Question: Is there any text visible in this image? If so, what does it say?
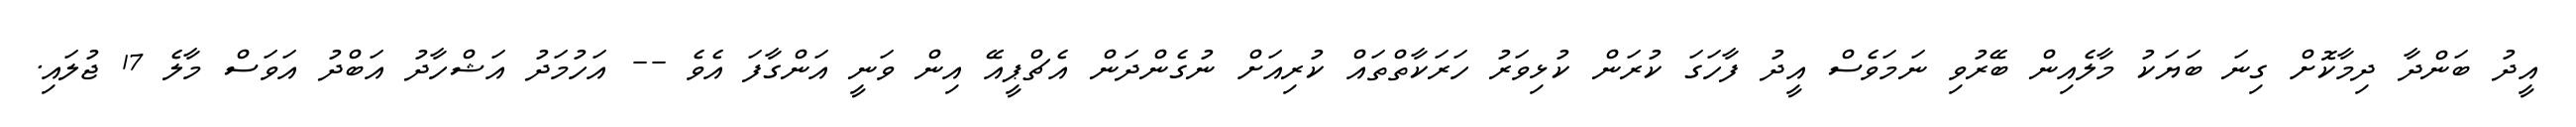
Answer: އީދު ބަންދާ ދިމާކޮށް ގިނަ ބަޔަކު މާލެއިން ބޭރުވި ނަމަވެސް އީދު ފާހަގަ ކުރަން ކުޅިވަރު ހަރަކާތްތައް ކުރިއަށް ނުގެންދަން އެޗްޕީއޭ އިން ވަނީ އަންގާފަ އެވެ -- އަހުމަދު އަޝްހާދު އަބްދު އަވަސް މާލެ 17 ޖުލައި.